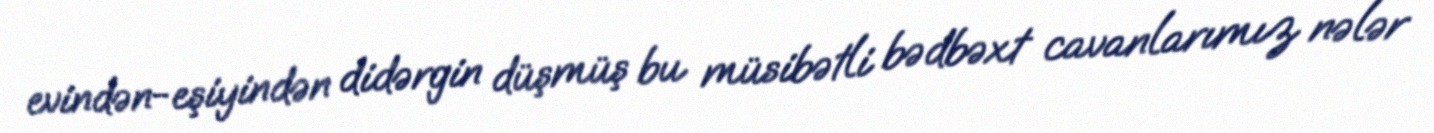
evindən-eşiyindən didərgin düşmüş bu müsibətli bədbəxt cavanlarımız nələr